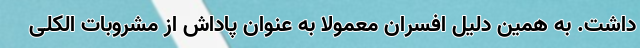
داشت. به همین دلیل افسران معمولا به عنوان پاداش از مشروبات الکلی